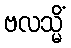
ဗလသ္မိံ